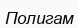
Полигам